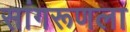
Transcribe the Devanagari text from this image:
सांगरूणला